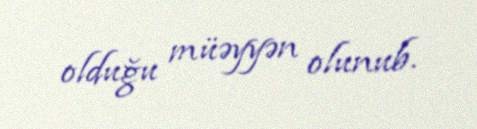
olduğu müəyyən olunub.